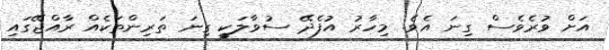
އަށް ވުރެވެސް ގިނަ އެވެ. މިހާރު އުފެދޭ ސުވާލަކީ ގިނަ ތަރިންތަކެއް ރާއްޖޭގައި